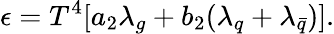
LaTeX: \epsilon=T^{4}[a_{2}\lambda_{g}+b_{2}(\lambda_{q}+\lambda_{\bar{q}})].